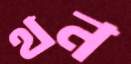
থন